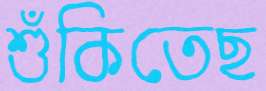
শুঁকিতেছ